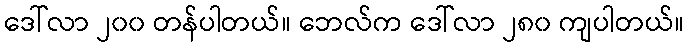
ဒေါ်လာ ၂၀၀ တန်ပါတယ်။ ဘေလ်က ဒေါ်လာ ၂၈၀ ကျပါတယ်။